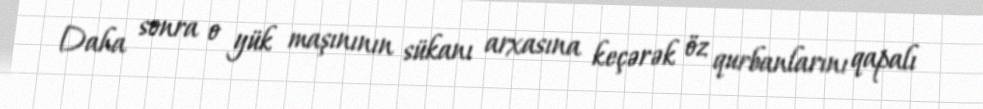
Daha sonra o yük maşınının sükanı arxasına keçərək öz qurbanlarını qapalı